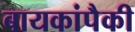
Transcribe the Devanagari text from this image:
बायकांपैकी